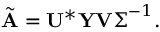
\tilde { \mathbf { A } } = \mathbf { U } ^ { * } \mathbf { Y } \mathbf { V } \boldsymbol { \Sigma } ^ { - 1 } .